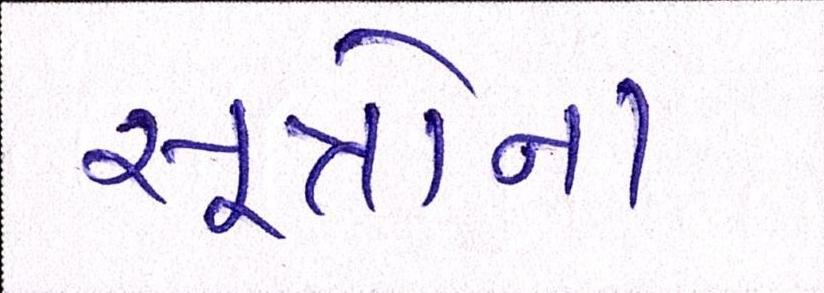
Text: સૂત્રોના